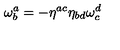
\mathbf { \omega } _ { b } ^ { a } = - \eta ^ { a c } \eta _ { b d } \mathbf { \omega } _ { c } ^ { d }